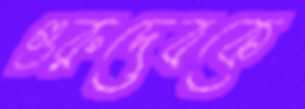
গুরুদেবকে